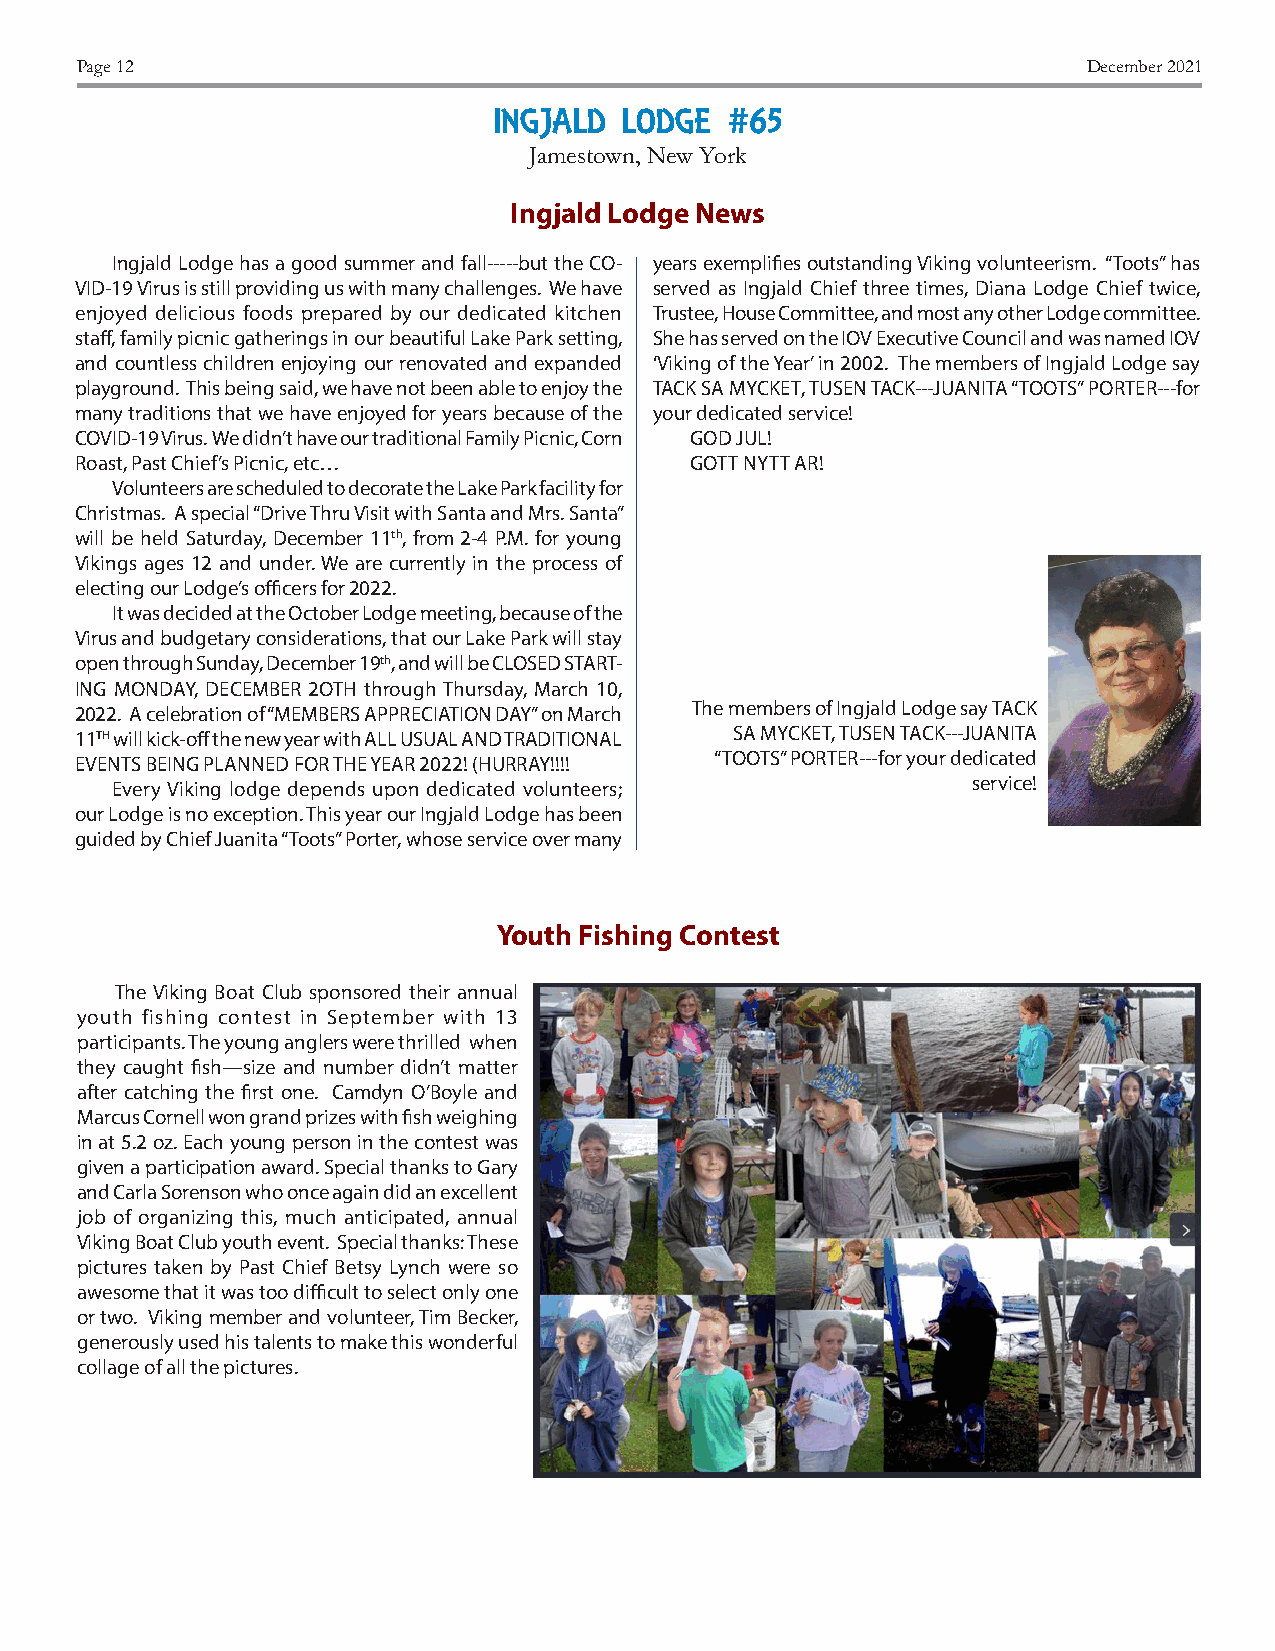
Page 12                                                            December 2021
 INGJALD LODGE  #65
 Jamestown, New York
 Ingjald Lodge News
 Ingjald Lodge has a good summer and fall-----but the CO- years exemplifies outstanding Viking volunteerism. “Toots” has
 VID-19 Virus is still providing us with many challenges. We have served as Ingjald Chief three times, Diana Lodge Chief twice,
 enjoyed delicious foods prepared by our dedicated kitchen Trustee, House Committee, and most any other Lodge committee.
 staff, family picnic gatherings in our beautiful Lake Park setting, She has served on the IOV Executive Council and was named IOV
 and countless children enjoying our renovated and expanded ‘Viking of the Year’ in 2002. The members of Ingjald Lodge say
 playground. This being said, we have not been able to enjoy the TACK SA MYCKET, TUSEN TACK---JUANITA “TOOTS” PORTER---for
 many traditions that we have enjoyed for years because of the your dedicated service!
 COVID-19 Virus. We didn’t have our traditional Family Picnic, Corn GOD JUL!
 Roast, Past Chief’s Picnic, etc…         GOTT NYTT AR!
 Volunteers are scheduled to decorate the Lake Park facility for
 Christmas. A special “Drive Thru Visit with Santa and Mrs. Santa”
 will be held Saturday, December 11th, from 2-4 P.M. for young
 Vikings ages 12 and under. We are currently in the process of
 electing our Lodge’s officers for 2022.
 It was decided at the October Lodge meeting, because of the
 Virus and budgetary considerations, that our Lake Park will stay
 open through Sunday, December 19th, and will be CLOSED START-
 ING MONDAY, DECEMBER 2OTH through Thursday, March 10,
 2022. A celebration of “MEMBERS APPRECIATION DAY” on March The members of Ingjald Lodge say TACK
 11TH will kick-off the new year with ALL USUAL AND TRADITIONAL SA MYCKET, TUSEN TACK---JUANITA
 EVENTS BEING PLANNED FOR THE YEAR 2022! (HURRAY!!!! “TOOTS” PORTER---for your dedicated
 Every Viking lodge depends upon dedicated volunteers;    service!
 our Lodge is no exception. This year our Ingjald Lodge has been
 guided by Chief Juanita “Toots” Porter, whose service over many
 Youth Fishing Contest
 The Viking Boat Club sponsored their annual
 youth fishing contest in September with 13
 participants. The young anglers were thrilled when
 they caught fish—size and number didn’t matter
 after catching the first one. Camdyn O’Boyle and
 Marcus Cornell won grand prizes with fish weighing
 in at 5.2 oz. Each young person in the contest was
 given a participation award. Special thanks to Gary
 and Carla Sorenson who once again did an excellent
 job of organizing this, much anticipated, annual
 Viking Boat Club youth event. Special thanks: These
 pictures taken by Past Chief Betsy Lynch were so
 awesome that it was too difficult to select only one
 or two. Viking member and volunteer, Tim Becker,
 generously used his talents to make this wonderful
 collage of all the pictures.